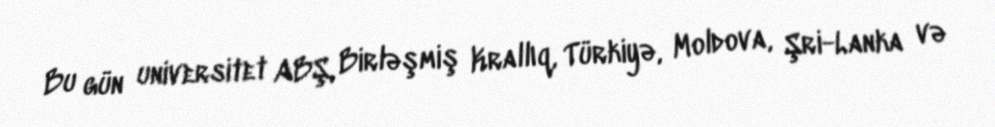
Bu gün universitet ABŞ, Birləşmiş Krallıq, Türkiyə, Moldova, Şri-Lanka və